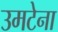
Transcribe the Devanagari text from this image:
उमटेना